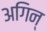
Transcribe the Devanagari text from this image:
अगिन्